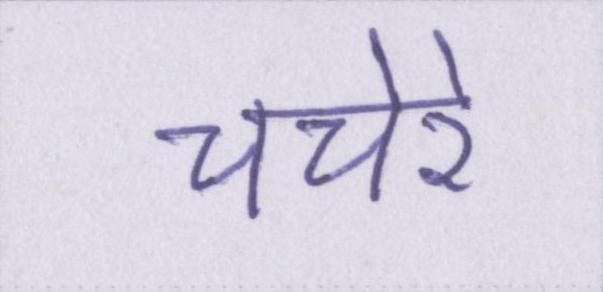
चचेरे